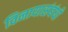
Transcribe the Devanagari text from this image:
विनायासंबंधी